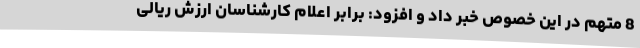
8 متهم در این خصوص خبر داد و افزود: برابر اعلام کارشناسان ارزش ریالی